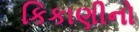
કિકાણીનો